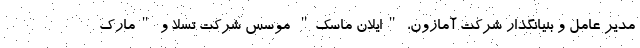
مدیر عامل و بنیانگذار شرکت آمازون، "ایلان ماسک" موسس شرکت تسلا و "مارک